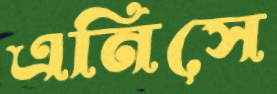
এনিসে